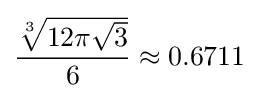
{\frac {\sqrt[{3}]{12\pi {\sqrt {3}}}}{6}}\approx 0.6711